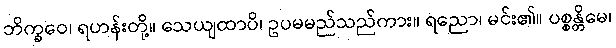
ဘိက္ခဝေ၊ ရဟန်းတို့။ သေယျထာပိ၊ ဥပမမည်သည်ကား။ ရညော၊ မင်း၏။ ပစ္စန္တိမေ၊